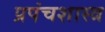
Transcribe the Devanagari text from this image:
प्रपंचशास्त्र